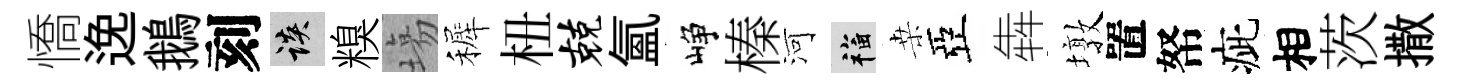
憍𨓜鵝刻談糗塲裤杻兢氳峥榛河福桒亞犇墩置帑疵相茨撒